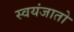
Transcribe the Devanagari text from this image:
स्वयंजातो